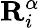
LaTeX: \mathbf{R}_{i}^{\alpha}